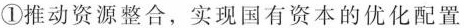
①推动资源整合，实现国有资本的优化配置